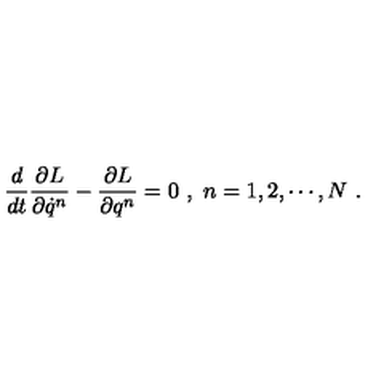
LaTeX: \frac { d } { d t } \frac { \partial L } { \partial \dot { q } ^ { n } } - \frac { \partial L } { \partial q ^ { n } } = 0 \ , \ n = 1 , 2 , \cdots , N \ .